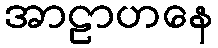
အာဠာဟနေ